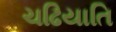
ચઢિયાતિ